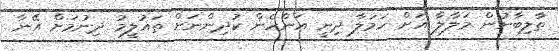
ތާލިބާނުން މަލާލާ އަށް ހަމަލާ ދިނީ އަންހެން ކުދިންނަށް ތައުލީމު ދިނުމަށް އޭނާ